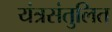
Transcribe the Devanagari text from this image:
यंत्रसंतुलित